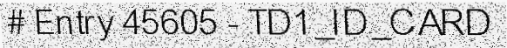
# Entry 45605 - TD1_ID_CARD